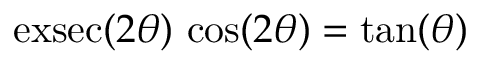
\operatorname { e x s e c } ( 2 \theta ) \, \cos ( 2 \theta ) = \tan ( \theta )